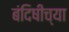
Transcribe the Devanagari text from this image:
बंदिषीच्या